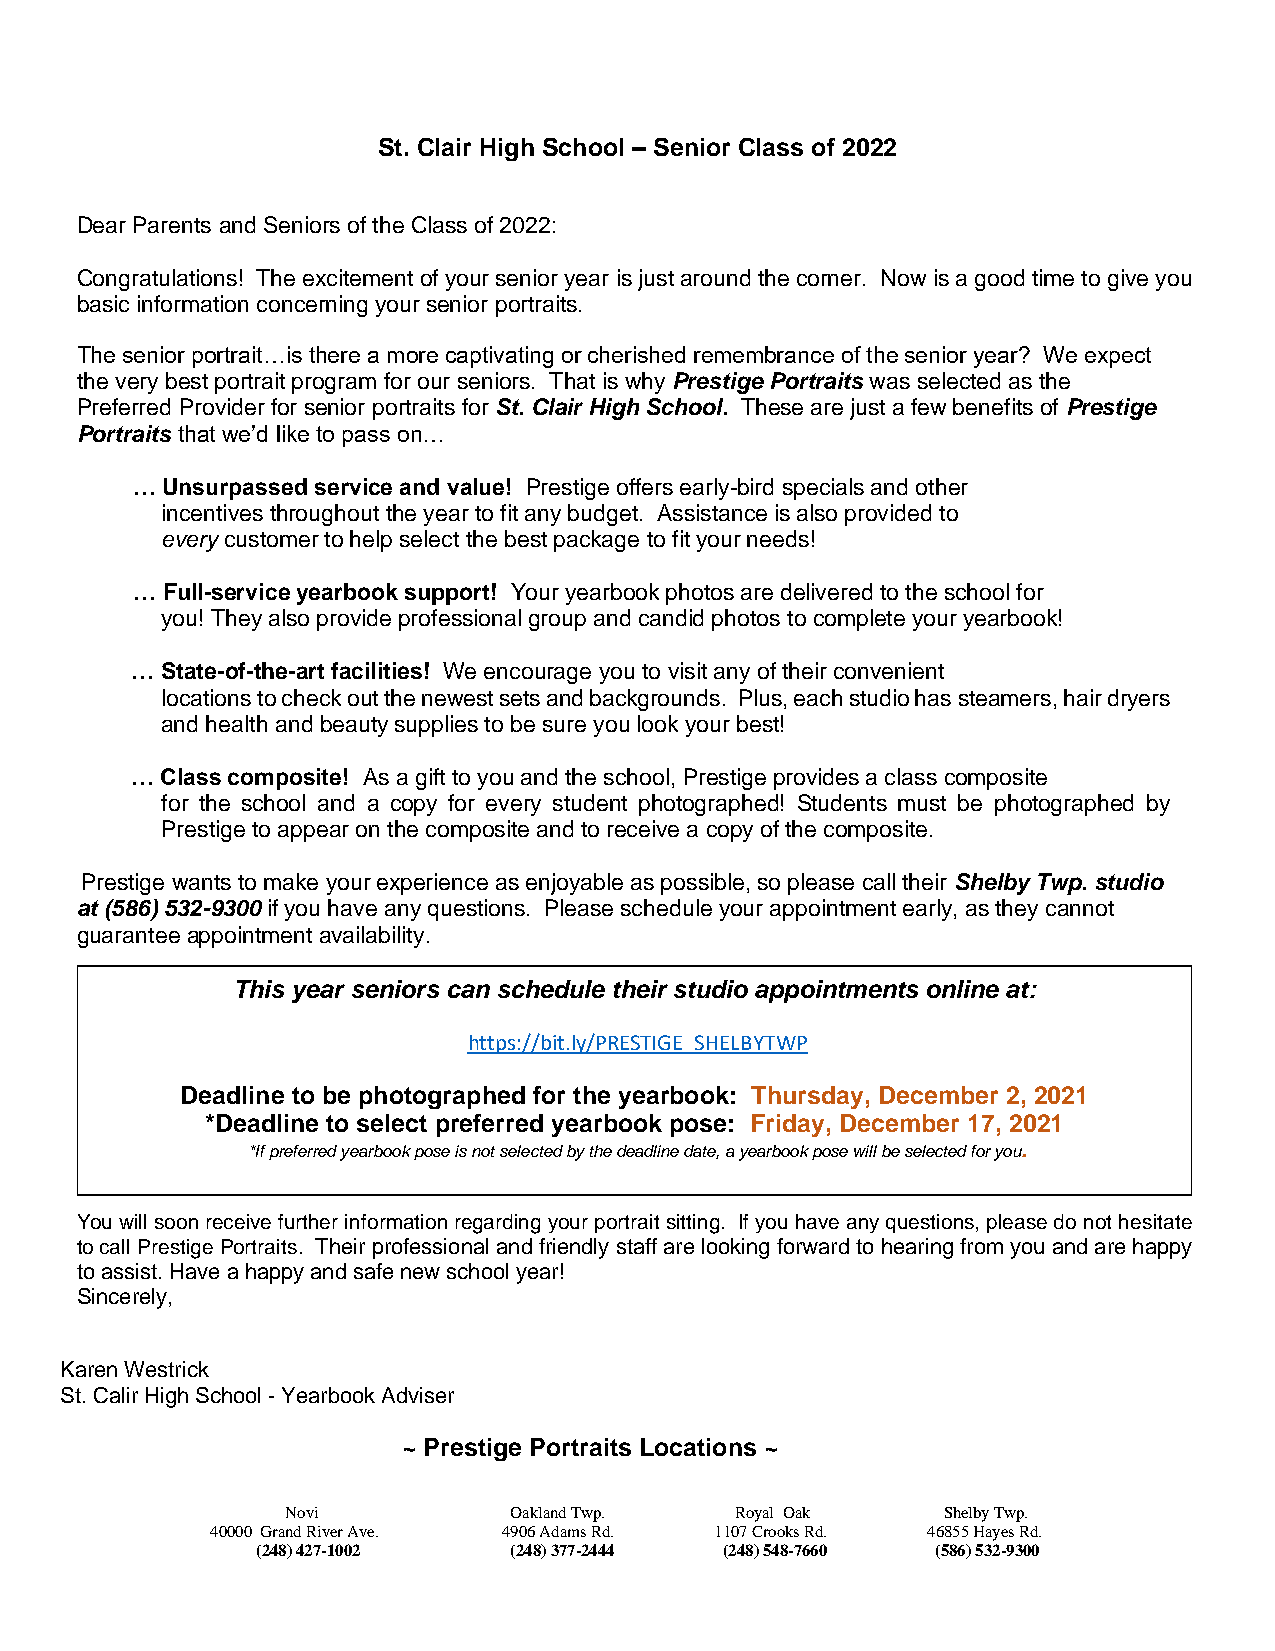
St. Clair High School – Senior Class of 2022
 Dear Parents and Seniors of the Class of 2022:
 Congratulations! The excitement of your senior year is just around the corner. Now is a good time to give you
 basic information concerning your senior portraits.
 The senior portrait…is there a more captivating or cherished remembrance of the senior year? We expect
 the very best portrait program for our seniors. That is why Prestige Portraits was selected as the
 Preferred Provider for senior portraits for St. Clair High School. These are just a few benefits of Prestige
 Portraits that we’d like to pass on…
 … Unsurpassed service and value! Prestige offers early-bird specials and other
 incentives throughout the year to fit any budget. Assistance is also provided to
 every customer to help select the best package to fit your needs!
 … Full-service yearbook support! Your yearbook photos are delivered to the school for
 you! They also provide professional group and candid photos to complete your yearbook!
 … State-of-the-art facilities! We encourage you to visit any of their convenient
 locations to check out the newest sets and backgrounds. Plus, each studio has steamers, hair dryers
 and health and beauty supplies to be sure you look your best!
 … Class composite! As a gift to you and the school, Prestige provides a class composite
 for the school and a copy for every student photographed! Students must be photographed by
 Prestige to appear on the composite and to receive a copy of the composite.
 Prestige wants to make your experience as enjoyable as possible, so please call their Shelby Twp. studio
 at (586) 532-9300 if you have any questions. Please schedule your appointment early, as they cannot
 guarantee appointment availability.
 This year seniors can schedule their studio appointments online at:
 https://bit.ly/PRESTIGE_SHELBYTWP
 Deadline to be photographed for the yearbook: Thursday, December 2, 2021
 *Deadline to select preferred yearbook pose: Friday, December 17, 2021
 *If preferred yearbook pose is not selected by the deadline date, a yearbook pose will be selected for you.
 You will soon receive further information regarding your portrait sitting. If you have any questions, please do not hesitate
 to call Prestige Portraits. Their professional and friendly staff are looking forward to hearing from you and are happy
 to assist. Have a happy and safe new school year!
 Sincerely,
 Karen Westrick
 St. Calir High School - Yearbook Adviser
 ~ Prestige Portraits Locations ~
 Novi           Oakland Twp.   Royal Oak    Shelby Twp.
 40000 Grand River Ave. 4906 Adams Rd. 1107 Crooks Rd. 46855 Hayes Rd.
 (248) 427-1002   (248) 377-2444 (248) 548-7660 (586) 532-9300